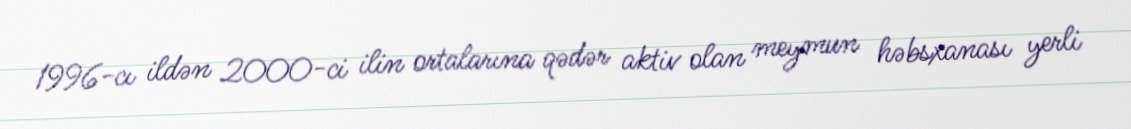
1996-cı ildən 2000-ci ilin ortalarına qədər aktiv olan meymun həbsxanası yerli